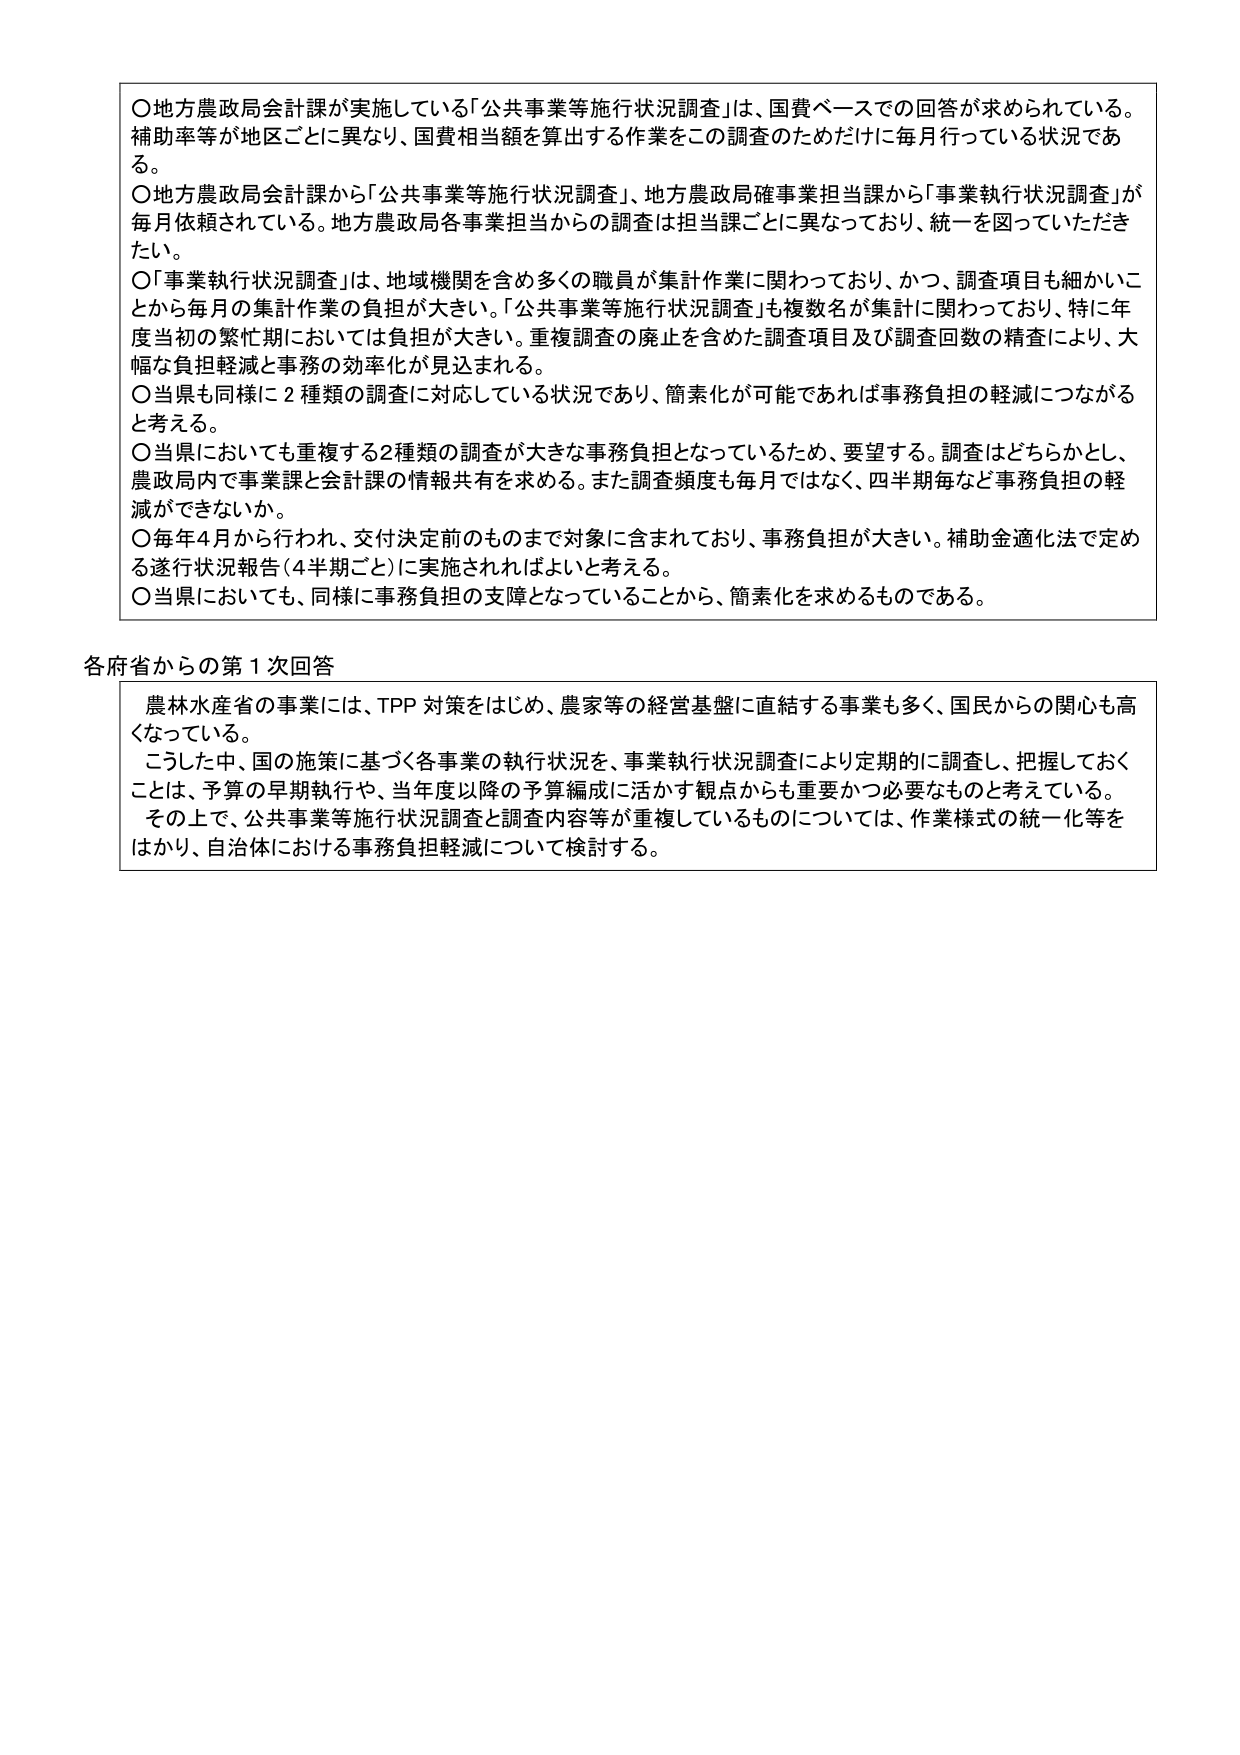
〇地方農政局会計課が実施している「公共事業等施行状況調査」は、国費ベースでの回答が求められている。補助率等が地区ごとに異なり、国費相当額を算出する作業をこの調査のためだけに毎月行っている状況である。

〇地方農政局会計課から「公共事業等施行状況調査」、地方農政局確事業担当課から「事業執行状況調査」が毎月依頼されている。地方農政局各事業担当からの調査は担当課ごとに異なっており、統一を図っていただきたい。

〇「事業執行状況調査」は、地域機関を含め多くの職員が集計作業に関わっており、かつ、調査項目も細かいことから毎月の集計作業の負担が大きい。「公共事業等施行状況調査」も複数名が集計に関わっており、特に年度当初の繁忙期においては負担が大きい。重複調査の廃止を含めた調査項目及び調査回数の精査により、大幅な負担軽減と事務の効率化が見込まれる。

〇当県も同様に２種類の調査に対応している状況であり、簡素化が可能であれば事務負担の軽減につながると考える。

〇当県においても重複する２種類の調査が大きな事務負担となっているため、要望する。調査はどちらかとし、農政局内で事業課と会計課の情報共有を求める。また調査頻度も毎月ではなく、四半期毎など事務負担の軽減ができないか。

〇毎年４月から行われ、交付決定前のものまで対象に含まれており、事務負担が大きい。補助金適化法で定める遂行状況報告（４半期ごと）に実施されればよいと考える。

〇当県においても、同様に事務負担の支障となっていることから、簡素化を求めるものである。

各府省からの第１次回答

農林水産省の事業には、TPP対策をはじめ、農家等の経営基盤に直結する事業も多く、国民からの関心も高くなっている。

こうした中、国の施策に基づく各事業の執行状況を、事業執行状況調査により定期的に調査し、把握しておくことは、予算の早期執行や、当年度以降の予算編成に活かす観点からも重要かつ必要なものと考えている。

その上で、公共事業等施行状況調査と調査内容等が重複しているものについては、作業様式の統一化等をはかり、自治体における事務負担軽減について検討する。